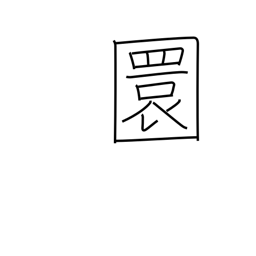
Meaning: round